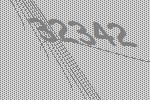
32342